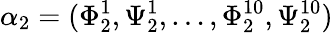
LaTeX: \alpha_{2}=(\Phi_{2}^{1},\Psi_{2}^{1},\dots,\Phi_{2}^{10},\Psi_{2}^{10})